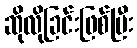
ဆိုလိုခြင်းဖြစ်ပြီး